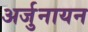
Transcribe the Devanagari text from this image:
अर्जुनायन